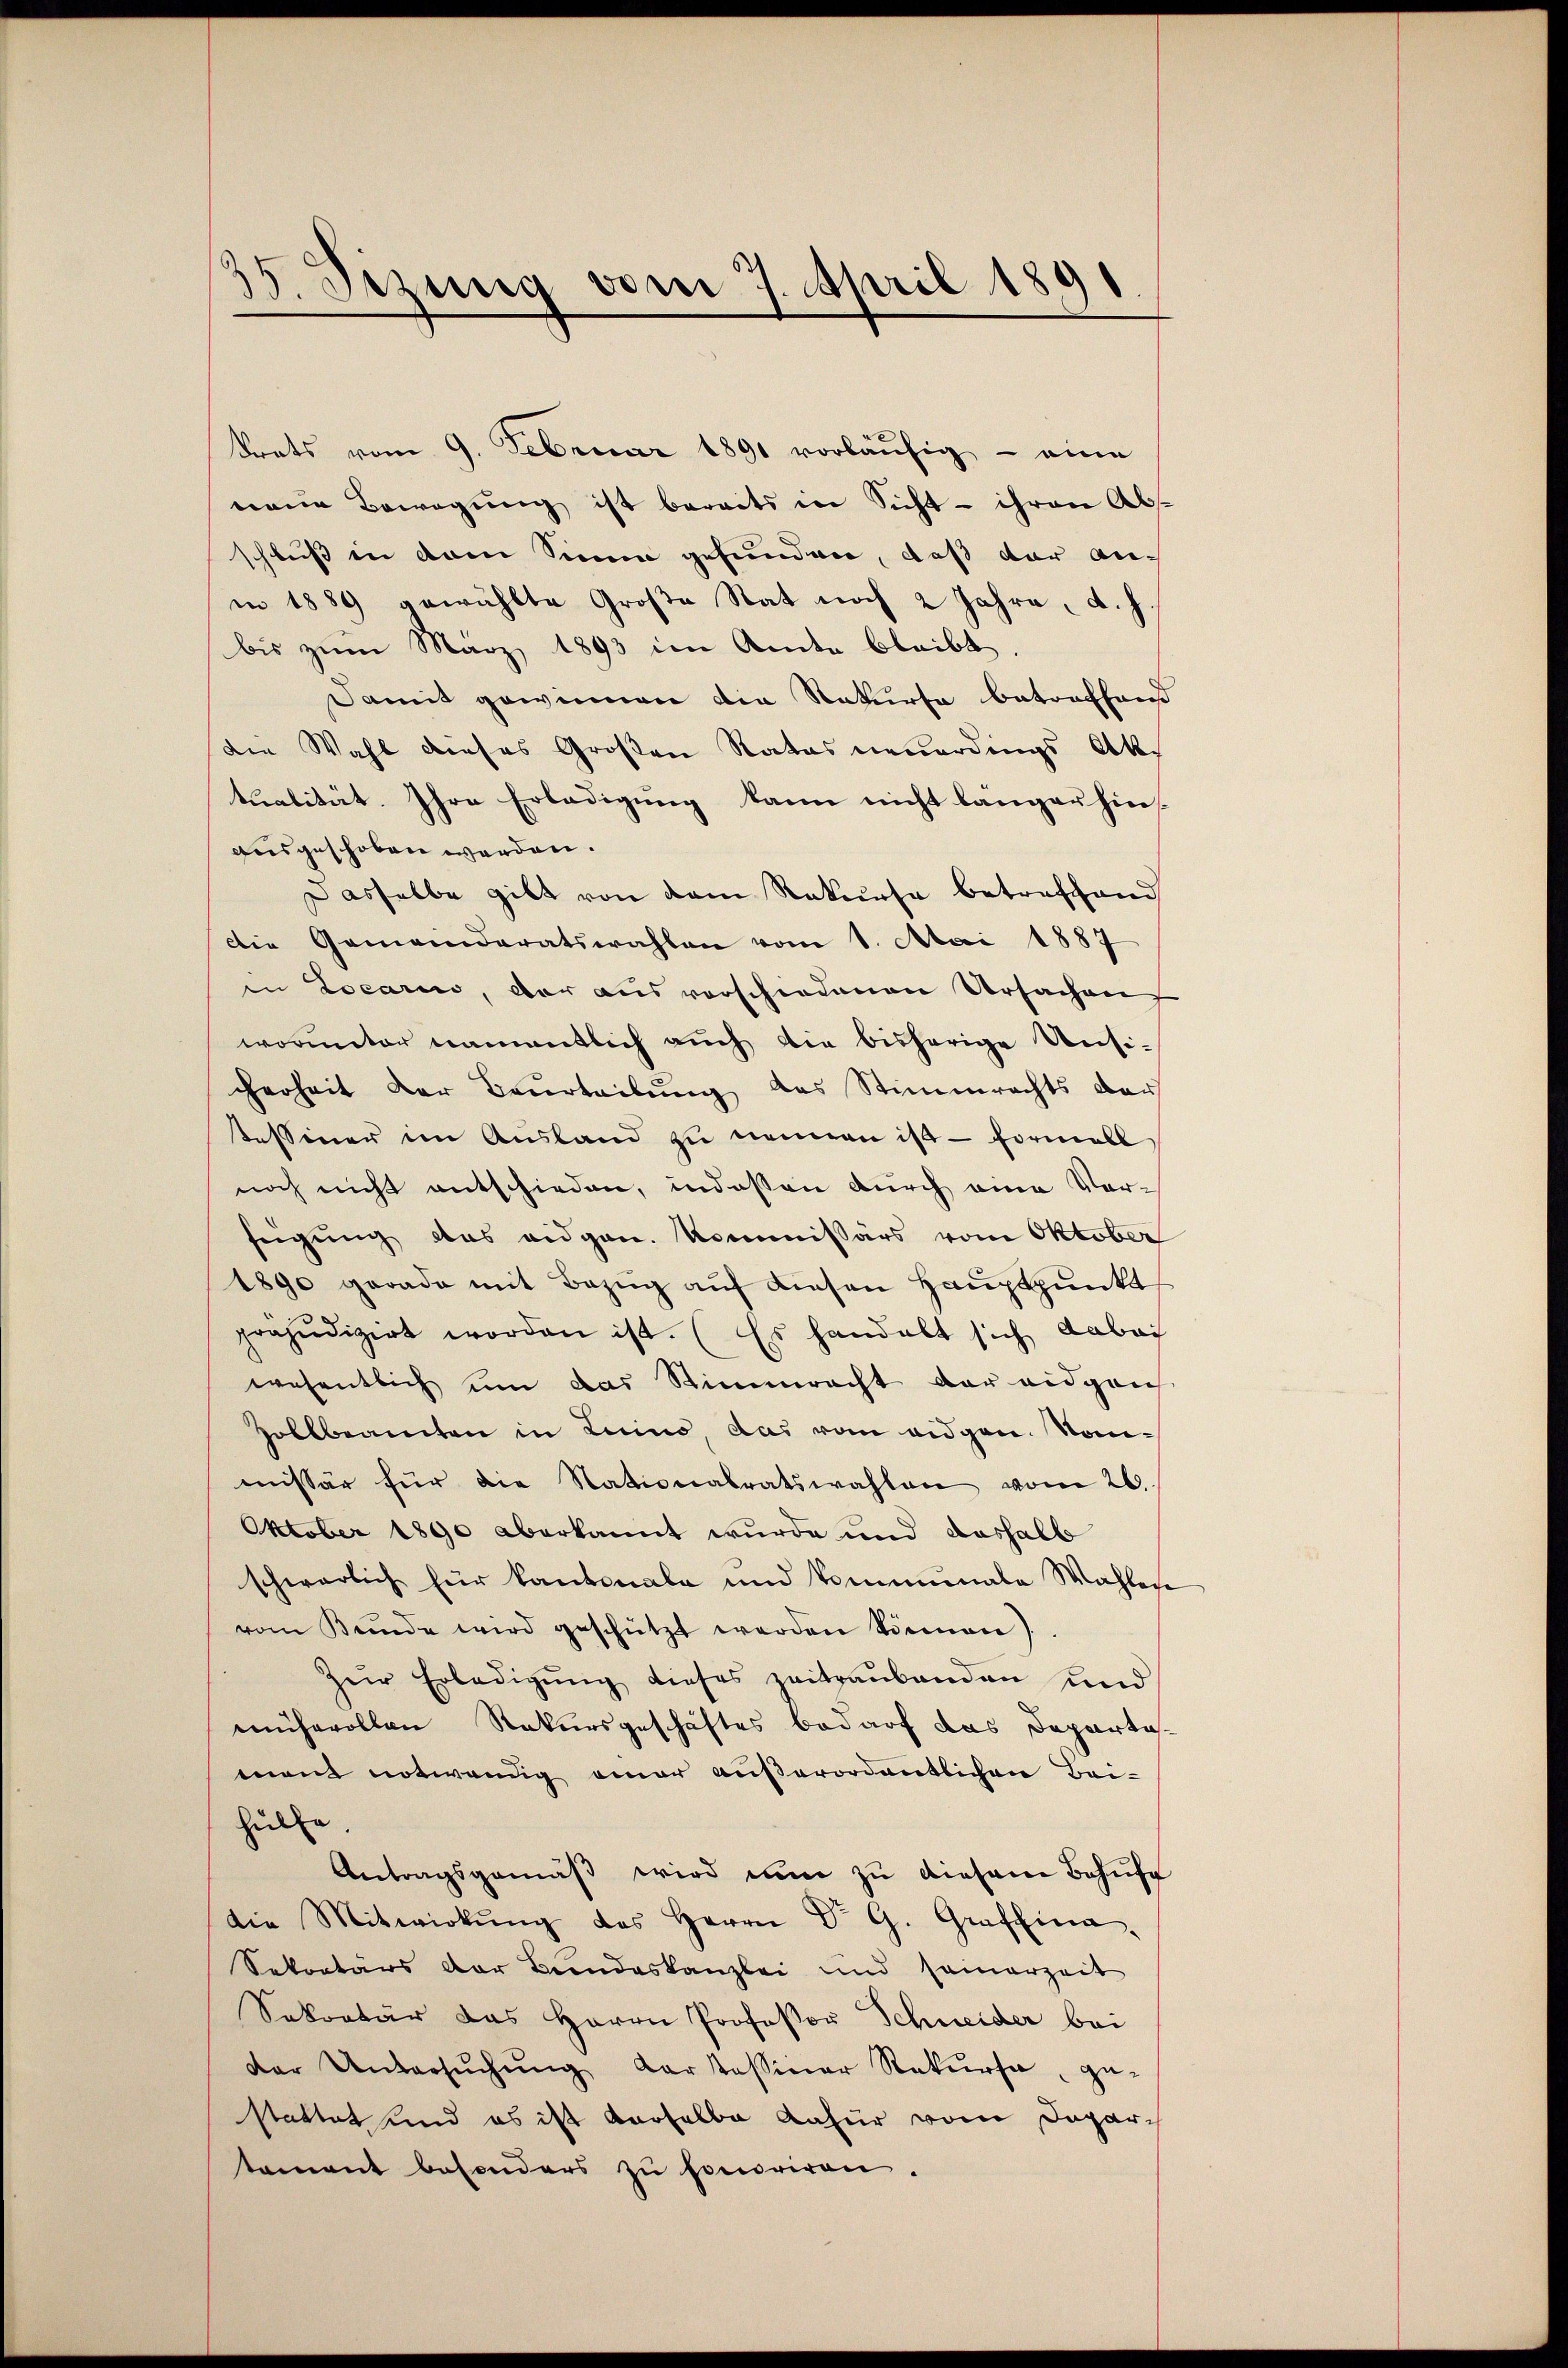
15. Sizung vom 7. April 1891

Srats vom 9. Februar 1891 vorläufig - eine
neue Bewegung ist bereits in Sicht – ihren Abs
schluß in dem Sinne gefunden, daß dar anin 1889 gewählte Große Rat noch 2 Jahre d. h.
bis zum März 1893 im Ander bleibt.
Damit gewinnen die Rekurse betreffend
die Wahl dieses Großen Rates neuerdings Aktualität. Ihre Erledigung kann nicht langer hins
ausgeschoben werden.
Dasselbe gibt von dem Rekurse betreffend
Die Gemeinderatswahlen vom 1. Mai 1887
in Locarii, der aus vorschiedenen Ursachen,
worunter namentlich auch die bisherige Unsicherheit der Beurteilŭng des Stimmrechts der
tessener im Ausland zu nennen ist – formell
noch nicht entschieden, indessen durch eine Verfügŭng das eidgen. Kommissärs vom Oktober
1890 gerade mit Bezŭg aŭf diesen Hauptpunkt
präjudizirt worden ist. (Es handelt sich dabei
wesentlich um das Stimmrecht der eidgen
Zollbeamten in Luino, das vom eidgen. Sonmissär für die Nationalratswahlen vom 26.
Oktober 1890 aberkannt wurde und deshalb
schwerlich für kantonale und kommunale Wahler
vom Kunde wird geschützt werden können)
Zur Erledigung dieses zeitraubanden und
mühevollen Rekursgeschäftes bedarf das Departamant notwendig einer außerordentlichen Baihulte
Antragsgemäβ wird nun zu diesem Behufe
die Mitwirkŭng des Herrn Dr G. Graffina,
Sekretärs der Bundeskanzlei und seinerzeit
Sekretär das Herrn Professor Schneider bei
der Untersŭchŭng darstessiner Rekŭrsa, ge-
stattet und es ist verselbe dafür vom Departament besonders zŭ honoriren.